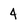
Character: 4